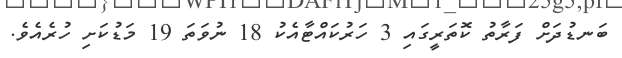
ބަނޑުދަށް ފަރާތު ކޮތަރީގައި 3 ހަރުކައްޓާއެކު 18 ނުވަތަ 19 މަޑުކަށި ހުރެއެވެ.